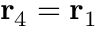
\mathbf r _ { 4 } = \mathbf r _ { 1 }